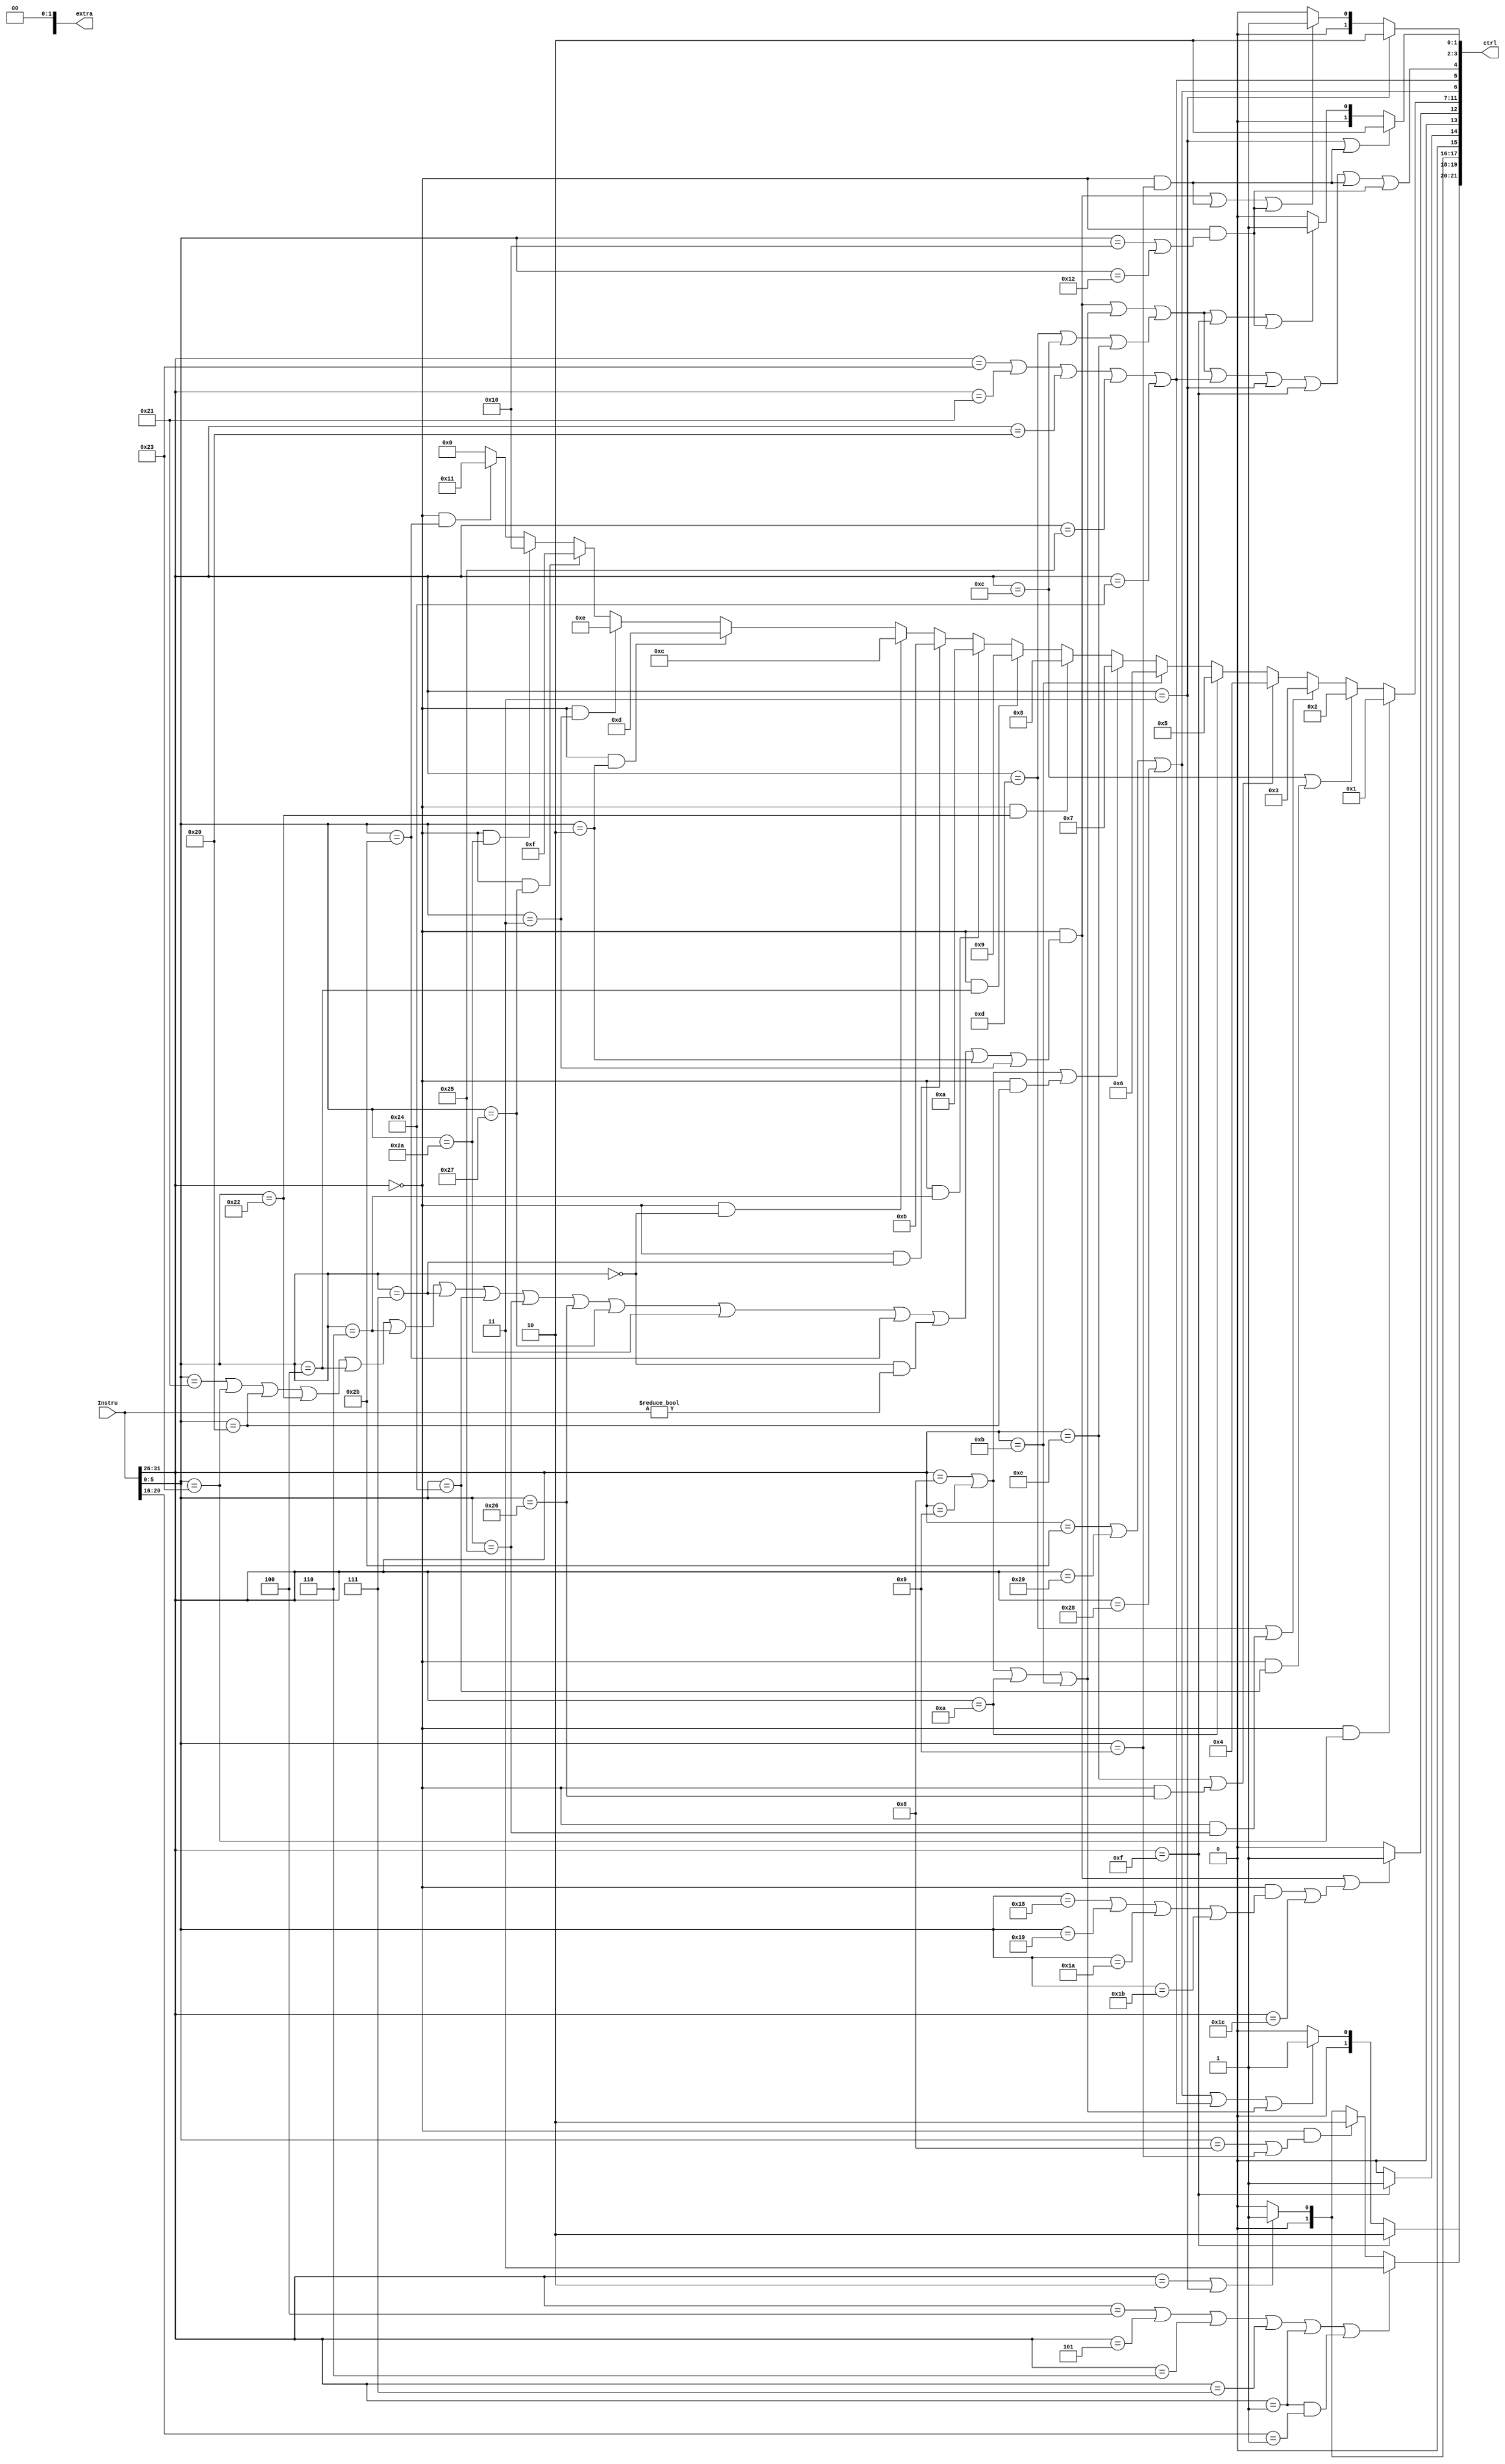
`timescale 1ns / 1ps
//////////////////////////////////////////////////////////////////////////////////
// Company: 
// Engineer: 
// 
// Design Name: 
// Module Name:    control 
// Project Name: 
// Target Devices: 
// Tool versions: 
// Description: 
//
// Dependencies: 
//
// Revision: 
// Revision 0.01 - File Created
// Additional Comments: 
//
//////////////////////////////////////////////////////////////////////////////////
module control(
	input [31:0] Instru,
	 output [21:0] ctrl,
	 output [2:0] extra
    );
	wire [5:0] func, op;
	assign func =  Instru[5:0];
	assign op = Instru[31:26];

	
	// Instru op And func
	parameter rop = 6'b000000, lwop = 6'b100011, swop = 6'b101011, beqop = 6'b000100,
	luiop = 6'b001111, oriop = 6'b001101, jalop = 6'b000011, jop=6'b000010,
    sltiop = 6'b001010, sltiuop = 6'b001011,
    xoriop =6'b001110, addiop =6'b001000 , addiuop = 6'b001001, andiop =6'b001100,
    bneop = 6'b000101, blezop = 6'b000110, bgtzop = 6'b000111, bltzop = 6'b000001, bgezop= 6'b000001, // bltz and bgez have the same op, bgez[rt] == 5'b00001
	sbop = 6'b101000, shop = 6'b101001,
	lbop = 6'b100000, lbuop = 6'b100100, lhop = 6'b100001, lhuop = 6'b100101;
	

	parameter addufunc = 6'b100001, subufunc = 6'b100011, jrfunc = 6'b001000,nopfunc=6'b000000,

    addfunc = 6'b100000, subfunc = 6'b100010, 
    sllfunc = 6'b000000, srlfunc=6'b000010 ,srafunc =6'b000011 , sllvfunc = 6'b000100, srlvfunc =6'b000110, sravfunc = 6'b000111,
    andfunc = 6'b100100, orfunc = 6'b100101, xorfunc = 6'b100110, norfunc = 6'b100111,
    sltfunc = 6'b101010,  sltufunc = 6'b101011,
	jalrfunc = 6'b001001,
	mfhifunc = 6'b010000, mflofunc=6'b010010, mthifunc = 6'b010001, mtlofunc = 6'b010011,
	multfunc = 6'b011000, multufunc = 6'b011001, divfunc = 6'b011010, divufunc = 6'b011011,
	maddop = 6'b011100;
	// 
	reg [31:0] Debug_InstrNow = 0;  // ASCII 
	
	// 
	always @(*)begin
		case(op)
			lwop: begin Debug_InstrNow = "lw"; end
			swop: begin Debug_InstrNow = "sw";end
			beqop: begin Debug_InstrNow = "beq";end
			luiop: begin Debug_InstrNow = "lui";end
			oriop: begin Debug_InstrNow = "ori";end
			jalop:begin Debug_InstrNow = "jal";end
			jop: begin Debug_InstrNow = "jal";end
			rop:begin
				case(func)
					addufunc: begin Debug_InstrNow = "addu";end
					subufunc: begin Debug_InstrNow = "subu";end
					jrfunc: begin  Debug_InstrNow = "jr";end
					nopfunc: begin Debug_InstrNow = "nop";end
				endcase
			end
		endcase
	end
	
	// Control Signal 
	wire [4:0] ALUOp; 
	wire [1:0] PCSrc_D, extSel, npcSel, ALUASrc,ALUBSrc;
	wire DM_WE_M, DM_RE_M, RF_WE_W;
	wire [1:0] RegDst, RegSrc;

	assign ctrl = {PCSrc_D, extSel, npcSel, ALUASrc, ALUBSrc, ALUOp, DM_WE_M, DM_RE_M, RF_WE_W, RegDst, RegSrc};
	 /*PCSrc_D = ctrl[21:20];
	 extSel = ctrl[19:18];
	 npcSel = ctrl[17:16];
	 ALUASrc = ctrl[15:14];
	 ALUBSrc  = ctrl[13:12];
	 ALUOp = ctrl[11:7]
	 DM_WE_M = ctrl[6];
	 DM_RE_M = ctrl[5];
	 RF_WE_W = ctrl[4];
	 RegDst = ctrl[3:2];
	 RegSrc = ctr;[1:0];
	 */

	// classification
	wire calc_i_z, calc_i_s; // Zero Ext or Sign EXT
	assign calc_i_z = (op == oriop) |
					(op == andiop) |
					(op == xoriop) ,

	calc_i_s = (op == addiop) |
				(op == addiuop)|
				(op == sltiop) |
				(op == sltiuop);

	// calc_r
	wire calc_r;
	assign calc_r = ((op== rop) && (func == addufunc |
					func == subufunc |
					func == addfunc |
					func == subfunc |
					func == sllvfunc |
					func == srlvfunc|
					func == sravfunc |
					func == andfunc |
					func == orfunc |
					func == xorfunc |
					func == norfunc |
					func == sltfunc |
					func == sltufunc |
					(func == sllfunc && Instru != 0 ) |  // Sll Not Nop
					func == srlfunc |
					func == srafunc
					));
	// typeb
	wire typeb;
    assign typeb = (op == beqop | op == bneop | op == blezop | op==bgtzop
                | op == bltzop | (op == bgezop && Instru[20:16] == 5'b00001));

	// 
	wire store, load; 
	assign store = (op == swop | op == shop | op == sbop);
	assign load =  (op == lwop | op == lhop | op == lbop|
					op == lhuop | op == lbuop );

    wire mt, mf;
    assign mt = (op == rop && (func == mthifunc | func == mtlofunc)),
    mf = (op == rop && (func == mfhifunc | func == mflofunc));

    wire mcalc;
    assign mcalc = (op == rop && (func == multfunc |func == multufunc| func == divfunc|  func == divufunc)) |
					(op == maddop);

// Ctrl Signal
	// Source of Next PC 
	// 0: PC4_F
	// 1: output of module NPC
	// 2: RD1_D
	// 3: bnpc(Jump if condition)

	assign PCSrc_D = typeb? 3:
					((op == rop) && (func == jrfunc | func == jalrfunc)) ? 2:
					(op == jop | op == jalop) ? 1:
					0;

	// extSel
	// 0, unsigned ext
	// 1, signed ext
	// 2, lui left shift 16
	assign extSel = (op == luiop) ? 2:
					(store | load | calc_i_s) ? 1:
					0;

	// npcSel, signal to control module npc
	// 0: type b Instru
	// 1: type J Instru
	assign npcSel = (op == jop | op == jalop) ? 1:
					0;


	// ALUASrc, Source of ALUA
	// 0: Rs, RD1_E
	// 1: 0
	assign ALUASrc = (op == luiop) ? 1:
					0;

	// ALUBSrc
	// 0: EXT_E
	// 1: RD2_E
	assign ALUBSrc = (calc_r | mcalc) ? 1:
					0;

	// ALUOp
	// 0: unsigned+
	// 1: unsigned- 
	// 2: and
	// 3: or
	// 4: xor
	// 5: SLTI
	// 6: SLTIU(Unsigned Num)
	// 7: signed +
	// 8: signed -
	// 9: SLLV, 10: SRLV, 11: SRAV, 12: SLL, 13: SRL, 14: SRA
	// 15: Nor
	// 16: SLT, Set less than
	// 17: SLTU
	assign ALUOp = (op == rop && func == subufunc) ? 1: 
				(op == andiop | (op == rop && func == andfunc)) ? 2:
				(op == oriop | (op == rop && func == orfunc)) ? 3: 
				(op == xoriop |(op == rop && func == xorfunc))? 4: 
				(op == sltiop) ? 5:
				(op == sltiuop) ? 6:
				(op == addiop | op == addiuop | (op == rop && func == addfunc)) ? 7:
				(op == rop && func == subfunc) ? 8:
				(op == rop && func == sllvfunc) ? 9:
				(op == rop && func == srlvfunc) ? 10:
				(op == rop && func == sravfunc) ? 11:
				(op == rop && func == sllfunc) ? 12:
				(op == rop && func == srlfunc) ? 13:
				(op == rop && func == srafunc) ? 14:
				(op == rop && func == norfunc) ? 15:	
				(op == rop && func == sltfunc) ? 16:	
				(op == rop && func == sltufunc) ? 17:	
				0;
	
	// DM_WE_M, Data MEM Write Enable
	assign DM_WE_M = store;

	// DM_RE_M
	assign DM_RE_M = load ;

	// RF_WE_W
	assign RF_WE_W = calc_r|
					calc_i_s| calc_i_z|
					load |
					(op == jalop) |
					(op == luiop) |
					((op == rop) && (func == jalrfunc))|
					mf;

	// RegDst, Addr of GRF When Write Enable
	// 0: Rt
	// 1: Rd
	// 2: 31
	assign RegDst = (op == jalop) ? 2:
					(calc_r | ((op == rop) && (func == jalrfunc))) | mf? 1:
					0;

	// RegSrc, Data of GRF When Write Enable
	// 0: DR_W, Data Read from MEM
	// 1: AO_W
	// 2: PC4_W
	assign RegSrc = (op == jalop | ((op == rop) && (func == jalrfunc))) ? 2:
					(calc_r | calc_i_s | calc_i_z | (op == luiop)) | mf? 1:
					0;

	// Extra
	assign extra[1] = 0,
	extra[0] = 0;

	
endmodule